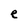
Character: e